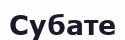
Субате